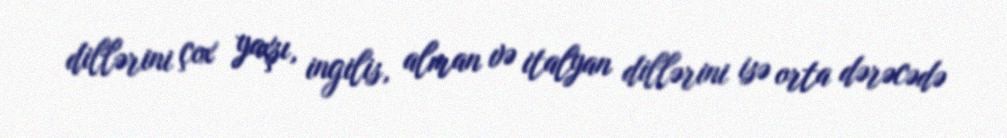
dillərini çox yaxşı, ingilis, alman və italyan dillərini isə orta dərəcədə